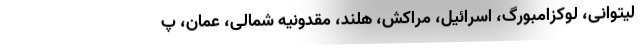
لیتوانی، لوکزامبورگ، اسرائیل، مراکش، هلند، مقدونیه شمالی، عمان، پ